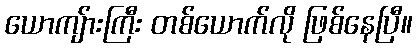
ယောကျ်ားကြီး တစ်ယောက်လို ဖြစ်နေပြီ။